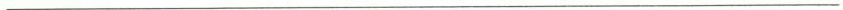
___